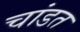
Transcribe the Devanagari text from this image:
चांडत